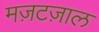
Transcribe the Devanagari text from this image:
मज़टज़ाल